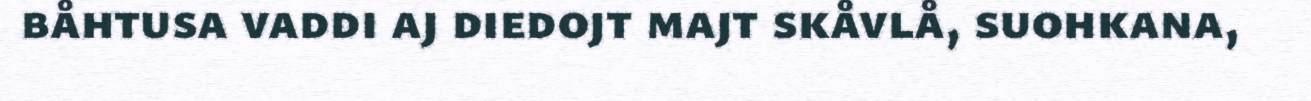
båhtusa vaddi aj diedojt majt skåvlå, suohkana,